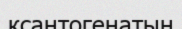
ксантогенатын